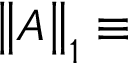
\left\Vert A \right\Vert _ { 1 } \equiv